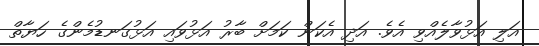
އަލި އަޅުވާލެއްވި އެވެ. އަދި އެކަން ކަމަށް ބާރު އަޅުވައި އަޅުގަނޑުމެންގެ ހަޔާތް